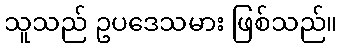
သူသည် ဥပဒေသမား ဖြစ်သည်။